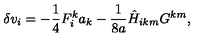
\delta v _ { i } = - \frac { 1 } { 4 } F _ { i } ^ { k } a _ { k } - \frac { 1 } { 8 a } { { \hat { H } } } _ { i k m } G ^ { k m } ,